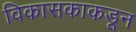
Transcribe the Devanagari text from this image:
विकासकाकडून